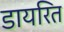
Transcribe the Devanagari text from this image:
डायरित